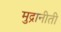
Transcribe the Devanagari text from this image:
मुद्रानीती